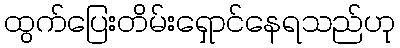
ထွက်ပြေးတိမ်းရှောင်နေရသည်ဟု